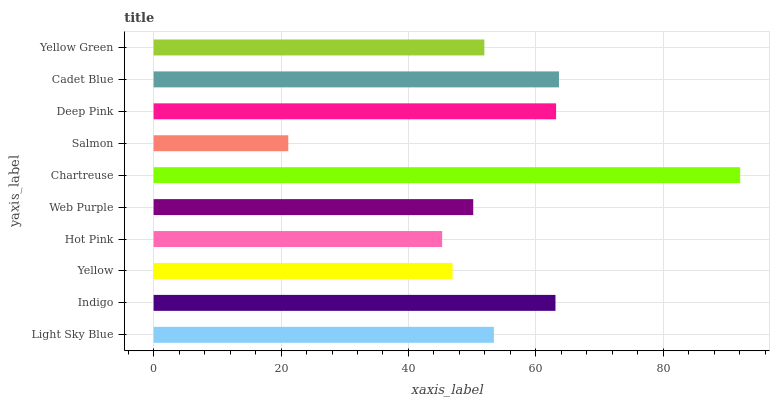
| yaxis_label | bars |
 | --- | --- |
 | Light Sky Blue | 53.4 |
 | Indigo | 63.1 |
 | Yellow | 46.9 |
 | Hot Pink | 45.3 |
 | Web Purple | 50.2 |
 | Chartreuse | 92.1 |
 | Salmon | 21.1 |
 | Deep Pink | 63.2 |
 | Cadet Blue | 63.6 |
 | Yellow Green | 51.9 |